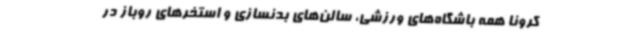
کرونا همه باشگاه‌های ورزشی، سالن‌های بدنسازی و استخرهای روباز در